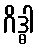
ဂိဒ္ဓါ